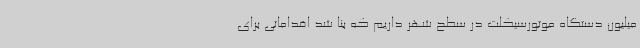
میلیون دستگاه موتورسیکلت در سطح شهر داریم که بنا شد اقداماتی برای